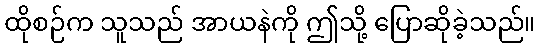
ထိုစဉ်က သူသည် အာယနဲကို ဤသို့ ပြောဆိုခဲ့သည်။